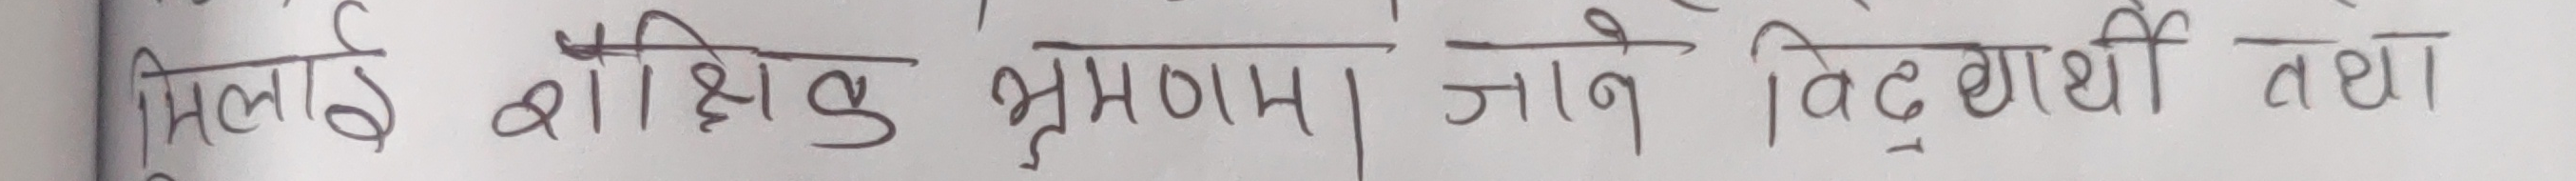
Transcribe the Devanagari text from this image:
मिलाई, शैक्षिक भ्रमण जाने विद्यार्थी तथा